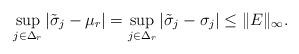
LaTeX: \begin{align*}\sup_{j\in \Delta_r}|\tilde \sigma_j - \mu_r| = \sup_{j\in \Delta_r}|\tilde \sigma_j-\sigma_j|\leq \|E\|_{\infty}. \end{align*}